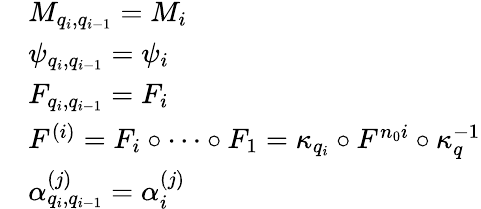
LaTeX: \begin{array}{rl}&{M_{q_{i},q_{i-1}}=M_{i}}\\ &{\psi_{q_{i},q_{i-1}}=\psi_{i}}\\ &{F_{q_{i},q_{i-1}}=F_{i}}\\ &{F^{(i)}=F_{i}\circ\dots\circ F_{1}=\kappa_{q_{i}}\circ F^{n_{0}i}\circ\kappa_{q}^{-1}}\\ &{\alpha_{q_{i},q_{i-1}}^{(j)}=\alpha_{i}^{(j)}}\end{array}